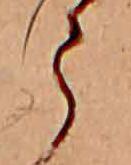
う